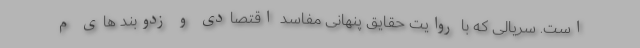
است. سریالی که با روایت حقایق پنهانی مفاسد اقتصادی و زدوبند های م